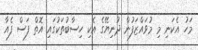
މަހު އެކަނި މި މުވައްޒަފުން ދުނިޔޭގެ އެކި ހިސާބުތަކުގައި އޮތް ފަސް ފެއާ